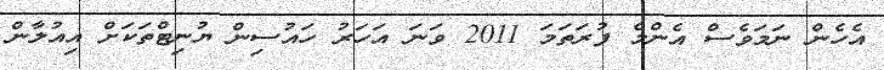
އެހެން ނަމަވެސް އެންމެ ފުރަތަމަ 2011 ވަނަ އަހަރު ހައުސިން ޔުނިޓްތަކަށް އިއުލާން